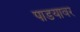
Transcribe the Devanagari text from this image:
पाडयावर